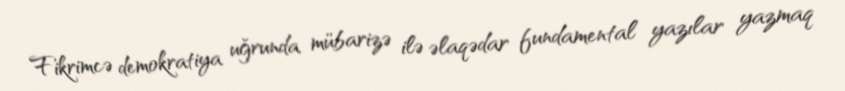
Fikrimcə demokratiya uğrunda mübarizə ilə əlaqədar fundamental yazılar yazmaq